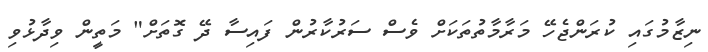
ނިޒާމުގައި ކުރަންޖެހޭ މަރާމާތުތަކަށް ވެސް ސަރުކާރުން ފައިސާ ދޭ ގޮތަށް" މަތީން ވިދާޅުވި